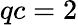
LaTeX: qc=2